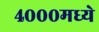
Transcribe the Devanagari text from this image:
४०००मध्ये